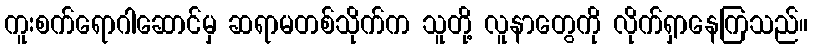
ကူးစက်ရောဂါဆောင်မှ ဆရာမတစ်သိုက်က သူတို့ လူနာတွေကို လိုက်ရှာနေကြသည်။